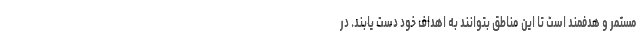
مستمر و هدفمند است تا این مناطق بتوانند به اهداف خود دست یابند. در